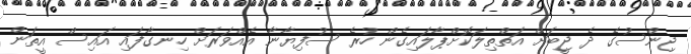
ޖިންސުގެ ދެ ޖީބަށް އަތްތިލަކޮށްޕާލައިގެން ހުރެ ސުފިޔާނާ އެއްވަރަށް ހިނގާފައި އައިސް އީތަން